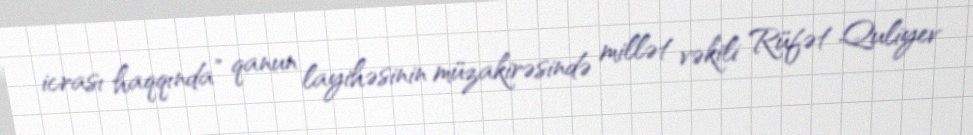
icrası haqqında” qanun layihəsinin müzakirəsində millət vəkili Rüfət Quliyev